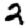
Digit: 2